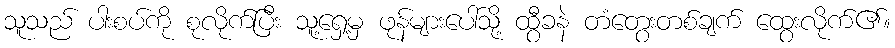
သူသည် ပါးစပ်ကို စုလိုက်ပြီး သူ့ရှေ့မှ ဖုန်များပေါ်သို့ ထွီခနဲ တံတွေးတစ်ချက် ထွေးလိုက်၏။